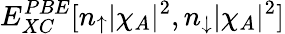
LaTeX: E_{XC}^{PBE}[n_{\uparrow}|\chi_{A}|^{2},n_{\downarrow}|\chi_{A}|^{2}]